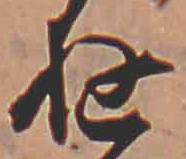
ゆ